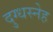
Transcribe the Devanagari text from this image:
दुग्धस्नेह